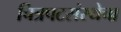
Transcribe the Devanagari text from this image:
चित्रपटसंस्थेचा